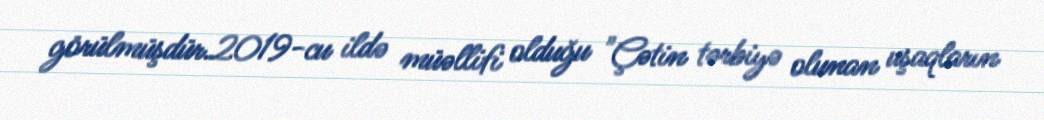
görülmüşdür.2019-cu ildə müəllifi olduğu "Çətin tərbiyə olunan uşaqların